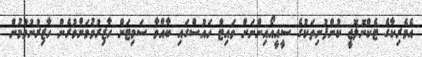
އެމެރިކާގެ ޓެކްނޮލޮޖީ ކުންފުނިތަކުގެ ސީއީއޯއިންނަށް ވައިޓް ހައުސްގައި ބާއްވާ ސަމިޓަށް ހާޒިރުވުމަށްވުރެން ހާޒިރުނުވުމުން